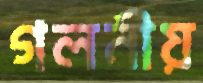
গলনীয়